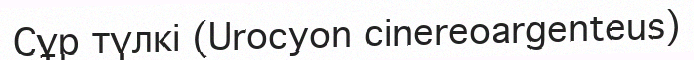
Сұр түлкі (Urocyon cinereoargenteus)